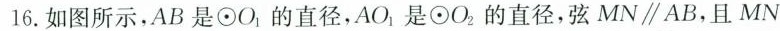
16.如图所示，AB是\odot O_{1} 的直径，AO_{1} 是 \odot O_{2}的直径，弦MN//AB，且MN